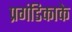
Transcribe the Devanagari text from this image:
प्रगंडिकाके